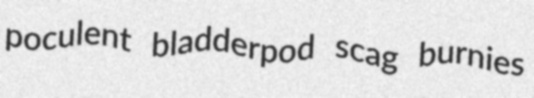
poculent bladderpod scag burnies